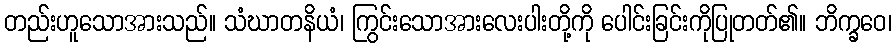
တည်းဟူသောအားသည်။ သံဃာတနိယံ၊ ကြွင်းသောအားလေးပါးတို့ကို ပေါင်းခြင်းကိုပြုတတ်၏။ ဘိက္ခဝေ၊